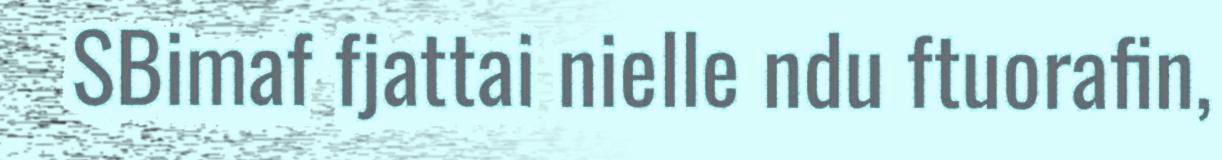
SBimaf fjattai nielle ndu ftuorafin,